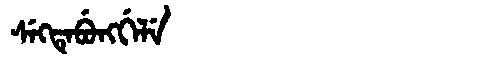
Manchu: ᠰᡝᡴᡨᡝᠪᡠᠩᡤᡝᠯᡝ
Romanization: SEKTEBUNGGELE